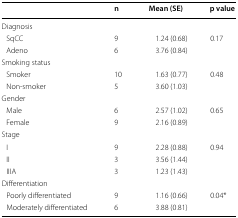
<table><thead><tr><td></td><td><b>n</b></td><td><b>Mean (SE)</b></td><td><b>p value</b></td></tr></thead><tbody><tr><td colspan="4">Diagnosis</td></tr><tr><td> SqCC</td><td>9</td><td>1.24 (0.68)</td><td>0.17</td></tr><tr><td> Adeno</td><td>6</td><td>3.76 (0.84)</td><td></td></tr><tr><td colspan="4">Smoking status</td></tr><tr><td> Smoker</td><td>10</td><td>1.63 (0.77)</td><td>0.48</td></tr><tr><td> Non-smoker</td><td>5</td><td>3.60 (1.03)</td><td></td></tr><tr><td colspan="4">Gender</td></tr><tr><td> Male</td><td>6</td><td>2.57 (1.02)</td><td>0.65</td></tr><tr><td> Female</td><td>9</td><td>2.16 (0.89)</td><td></td></tr><tr><td colspan="4">Stage</td></tr><tr><td> I</td><td>9</td><td>2.28 (0.88)</td><td>0.94</td></tr><tr><td> II</td><td>3</td><td>3.56 (1.44)</td><td></td></tr><tr><td> IIIA</td><td>3</td><td>1.23 (1.43)</td><td></td></tr><tr><td colspan="4">Differentiation</td></tr><tr><td> Poorly differentiated</td><td>9</td><td>1.16 (0.66)</td><td>0.04*</td></tr><tr><td> Moderately differentiated</td><td>6</td><td>3.88 (0.81)</td><td></td></tr></tbody></table>